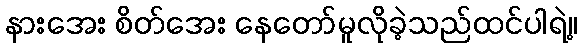
နားအေး စိတ်အေး နေတော်မူလိုခဲ့သည်ထင်ပါရဲ့။